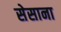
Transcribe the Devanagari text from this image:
सेसाना